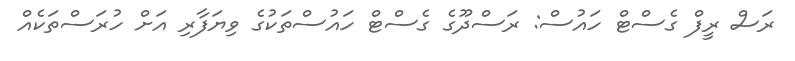
ރަސް ރީފް ގެސްޓް ހައުސް: ރަސްދޫގެ ގެސްޓް ހައުސްތަކުގެ ވިޔަފާރި އަށް ހުރަސްތަކެއް